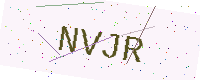
Text: NVJR